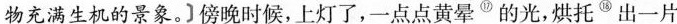
物充满生机的景象。]傍晚时候，上灯了，一点点黄晕^{⑰}的光,烘托^{⑱}出一片